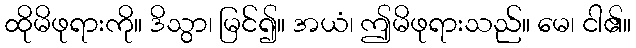
ထိုမိဖုရားကို။ ဒိသွာ၊ မြင်၍။ အယံ၊ ဤမိဖုရားသည်။ မေ၊ ငါ၏။